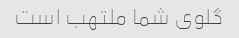
گلوی شما ملتهب است